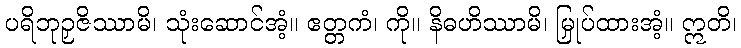
ပရိဘုဉှဇိဿာမိ၊ သုံးဆောင်အံ့။ ဧတ္တကံ၊ ကို။ နိဓဟိဿာမိ၊ မြှုပ်ထားအံ့။ ဣတိ၊